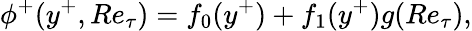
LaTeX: \phi^{+}(y^{+},Re_{\tau})=f_{0}(y^{+})+f_{1}(y^{+})g(Re_{\tau}),